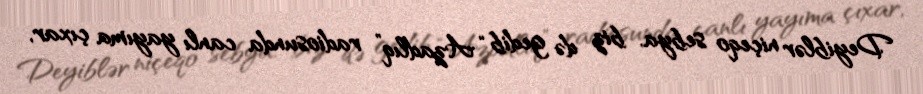
Deyiblər niçeqo sebya, biz də gedib “Azadlıq” radiosunda canlı yayıma çıxar,